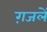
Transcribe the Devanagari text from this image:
ग़जलें